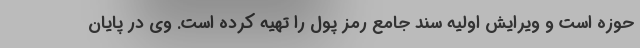
حوزه است و ویرایش اولیه سند جامع رمز پول را تهیه کرده است. وی در پایان